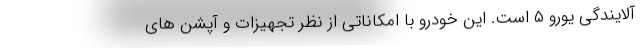
آلایندگی یورو ۵ است. این خودرو با امکاناتی از نظر تجهیزات و آپشن های